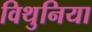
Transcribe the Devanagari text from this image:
विथुनिया